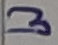
Text: 3